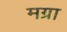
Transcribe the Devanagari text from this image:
मग्रा